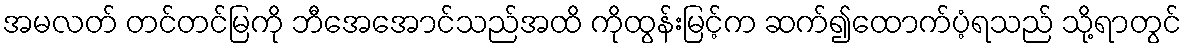
အမလတ် တင်တင်မြကို ဘီအေအောင်သည်အထိ ကိုထွန်းမြင့်က ဆက်၍ထောက်ပံ့ရသည် သို့ရာတွင်